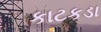
કાટકડા